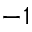
^ { - 1 }